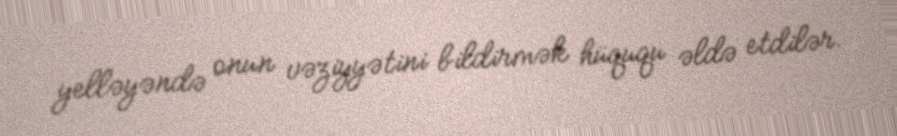
yelləyəndə onun vəziyyətini bildirmək hüququ əldə etdilər.